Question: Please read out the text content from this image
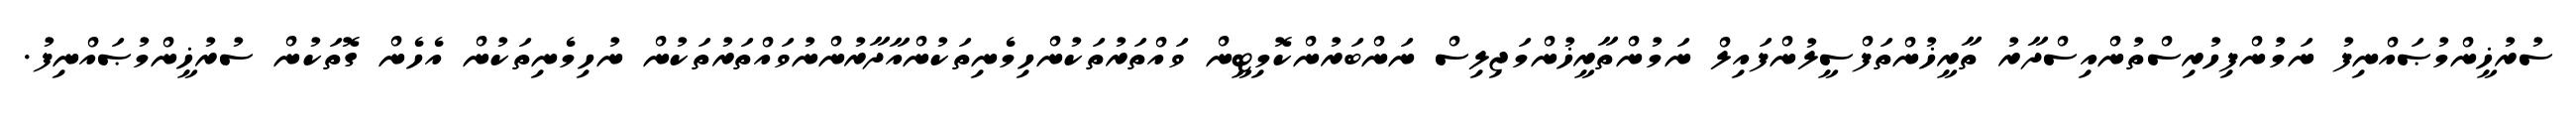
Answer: ސުރުޚީންމުޞައްނިފު ނަމުންފިހުރިސްތުންއިސްދާރު ތާރީޚުންތަފްސީލުންފައިލް ނަމުންތާރީޚުންމަޖިލިސް ނަންބަރުންކޮމިޓީން ވައްތަރުތަކުންހިމެނިތަކުންއާދާރުންނުވައްތަރުތަކުން ނުހިމެނިތަކުން އެހެން ގޮތަކުން ސުރުޚީންމުޞައްނިފު.